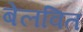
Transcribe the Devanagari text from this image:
बेलवित